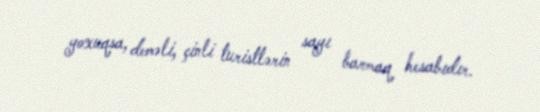
yoxuqsa, deməli, çinli turistlərin sayı barmaq hesabıdır.